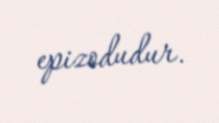
epizodudur.